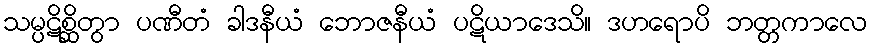
သမ္ပဋိစ္ဆိတွာ ပဏီတံ ခါဒနီယံ ဘောဇနီယံ ပဋိယာဒေသိ။ ဒဟရောပိ ဘတ္တကာလေ